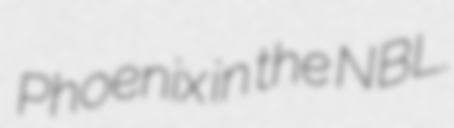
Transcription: Phoenix in the NBL.